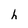
Character: h